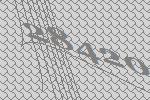
28420